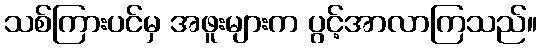
သစ်ကြားပင်မှ အဖူးများက ပွင့်အာလာကြသည်။